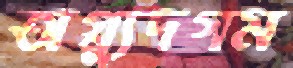
অগ্ন্যুদগম